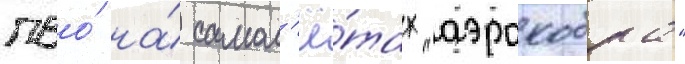
пво́ на́ самол'ё́тах "аэрокобра"